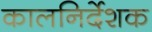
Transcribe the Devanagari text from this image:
कालनिर्देशक